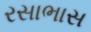
રસાભાસ